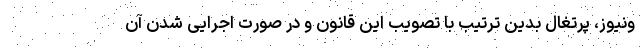
ونیوز، پرتغال بدین ترتیب با تصویب این قانون و در صورت اجرایی شدن آن